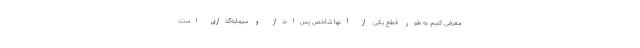
معرفی کنیم، به طور قطع یکی از آنها شاخص پس‌انداز و سرمایه‌گذاری است.